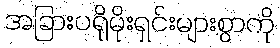
အခြားပရိုမိုးရှင်းများစွာကို